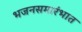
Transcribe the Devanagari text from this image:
भजनसमारंभात